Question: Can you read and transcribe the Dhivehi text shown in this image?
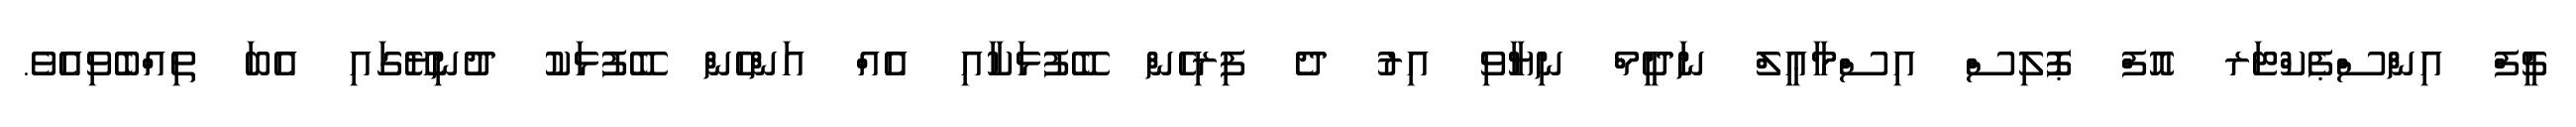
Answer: ޗީފް އިންސްޕެކްޓަރ އޮފް ޕޮލިސް އިސްމާޢީލް ނަދީމް ނިޔާވި އިރު ދެ ފިރިހެން ބޭފުޅަކާއި އެއް އަންހެން ބޭފުޅަކު ދުނިޔޭގައި އެބަ ތިއްބެވިއެވެ.